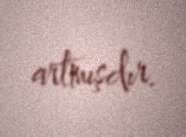
artmışdır.